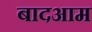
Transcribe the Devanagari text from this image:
बादआम